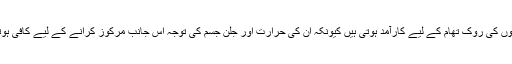
مرچوں والی چیزیں اور چٹنی ہچکیوں کی روک تھام کے لیے کارآمد ہوتی ہیں کیونکہ ان کی حرارت اور جلن جسم کی توجہ اس جانب مرکوز کرانے کے لیے کافی ہوتی ہے اور ہچکیاں روک جاتی ہیں۔